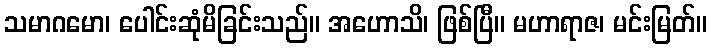
သမာဂမော၊ ပေါင်းဆုံမိခြင်းသည်။ အဟောသိ၊ ဖြစ်ပြီ။ မဟာရာဇ၊ မင်းမြတ်။